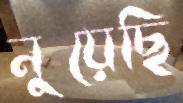
নুয়েছি